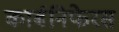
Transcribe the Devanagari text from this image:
कार्बनिफेरस